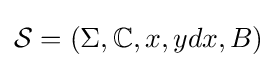
{\mathcal {S}}=(\Sigma ,\mathbb {C} ,x,ydx,B)